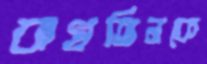
বাখতিনকে